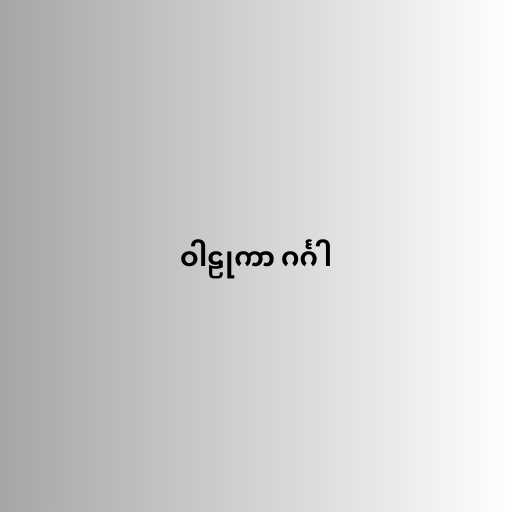
ဝါဠုကာ ဂင်္ဂါ